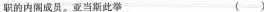
职的内阁成员。亚当斯此举 ()